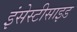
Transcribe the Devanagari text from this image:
इंसेस्टीसाइड